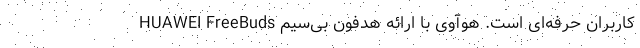
کاربران حرفه‌ای است. هوآوی با ارائه هدفون بی‌سیم HUAWEI FreeBuds